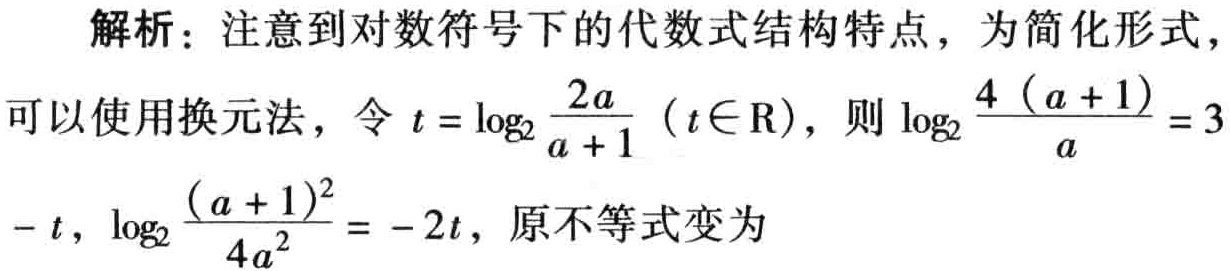
解析：注意到对数符号下的代数式结构特点，为简化形式，
可以使用换元法，令\(t = \log_2\frac{2a}{a + 1}\ (t\in \mathrm{R})\)，则\(\log_2\frac{4(a + 1)}{a}=3 - t\)，\(\log_2\frac{(a + 1)^2}{4a^2} = - 2t\)，原不等式变为